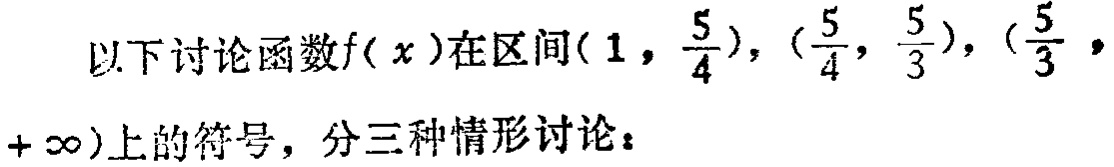
以下讨论函数\(f(x)\)在区间\((1,\frac{5}{4})\)，\((\frac{5}{4},\frac{5}{3})\)，\((\frac{5}{3},+\infty)\)上的符号，分三种情形讨论：